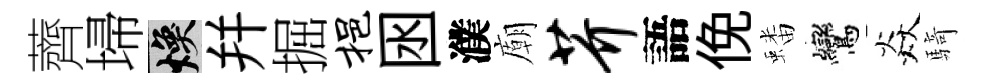
薺埽焕幷掘挹囦濮廟芥語俛蟠鸞焱騎